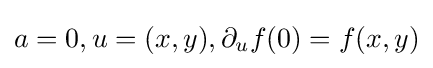
a=0,u=(x,y),\partial _{u}f(0)=f(x,y)